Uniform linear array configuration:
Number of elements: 24
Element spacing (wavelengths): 0.25
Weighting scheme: blackman
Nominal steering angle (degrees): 0
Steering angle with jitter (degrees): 1.214
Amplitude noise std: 0.05
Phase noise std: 0.05

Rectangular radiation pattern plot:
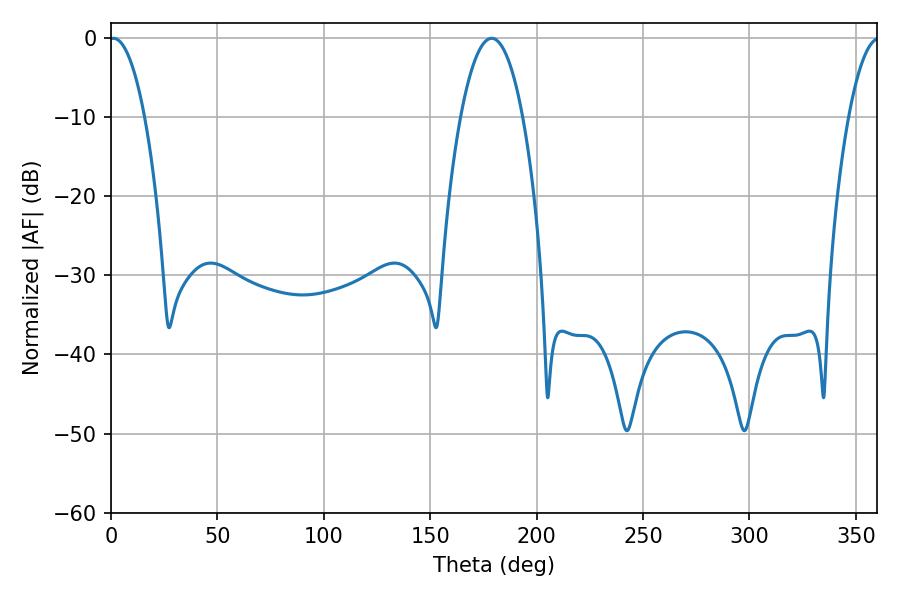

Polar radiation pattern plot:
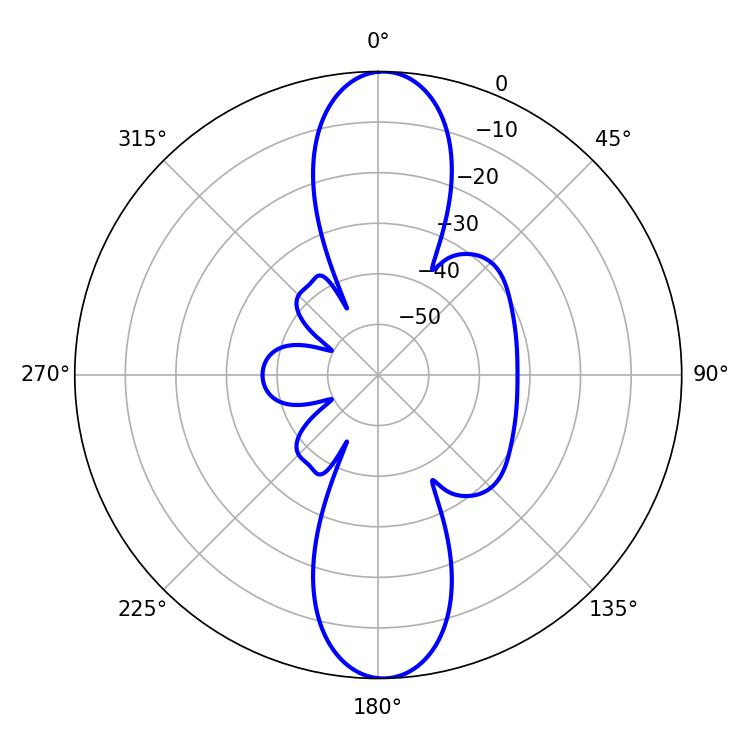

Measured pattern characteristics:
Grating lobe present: FALSE
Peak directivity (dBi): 21.729
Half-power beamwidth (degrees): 9.18
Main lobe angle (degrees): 1.08